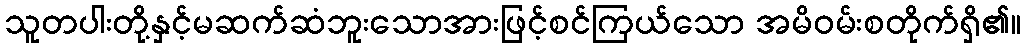
သူတပါးတို့နှင့်မဆက်ဆံဘူးသောအားဖြင့်စင်ကြယ်သော အမိဝမ်းစတိုက်ရှိ၏။